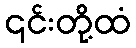
၎င်းတို့ထံ